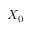
X _ { 0 }